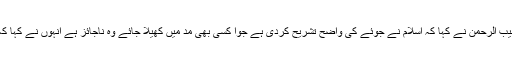
روئت ہلال کے کمیٹی کے سابق چیئرمین مفتی منیب الرحمن نے کہا کہ اسلام نے جوئے کی واضح تشریح کردی ہے جوا کسی بھی مد میں کھیلا جائے وہ ناجائز ہے انہوں نے کہا کہ حرام اور حلال کا فرق ہی مسلمان کی پہچان ہے۔